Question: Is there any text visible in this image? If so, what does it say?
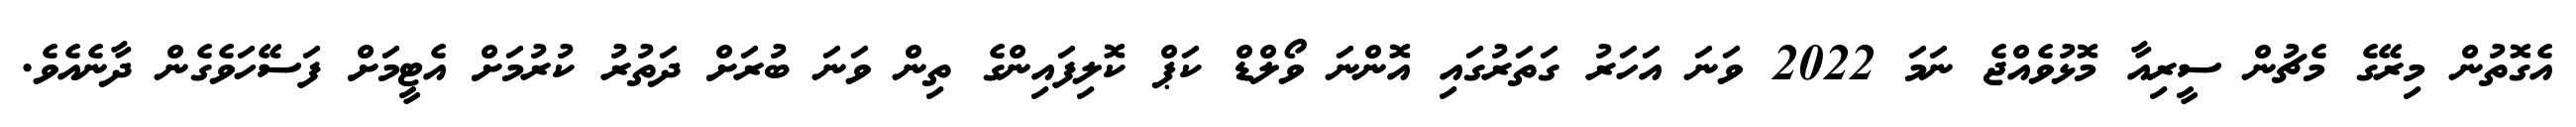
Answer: އެގޮތުން މިރޭގެ މެޗުން ސީރިއާ މޮޅުވެއްޖެ ނަމަ 2022 ވަނަ އަހަރު ގަތަރުގައި އޮންނަ ވޯލްޑް ކަޕް ކޮލިފައިންގެ ތިން ވަނަ ބުރަށް ދަތުރު ކުރުމަށް އެޓީމަށް ފަސޭހަވެގެން ދާނެއެވެ.